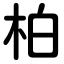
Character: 柏